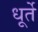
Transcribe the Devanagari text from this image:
धूर्ते